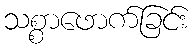
သစ္စာဖောက်ခြင်း